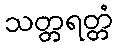
သတ္တရတ္တံ